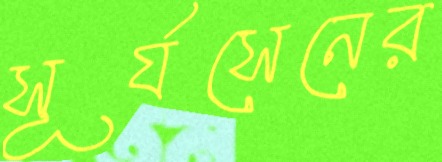
সূর্যসেনের